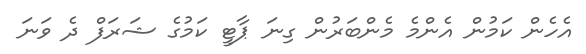
އެހެން ކަމުން އެންމެ މެންބަރުން ގިނަ ޕާޓީ ކަމުގެ ޝަރަފް ދެ ވަނަ